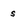
Character: s